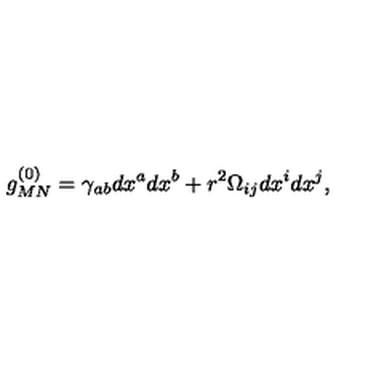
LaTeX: g _ { M N } ^ { ( 0 ) } = \gamma _ { a b } d x ^ { a } d x ^ { b } + r ^ { 2 } \Omega _ { i j } d x ^ { i } d x ^ { j } ,